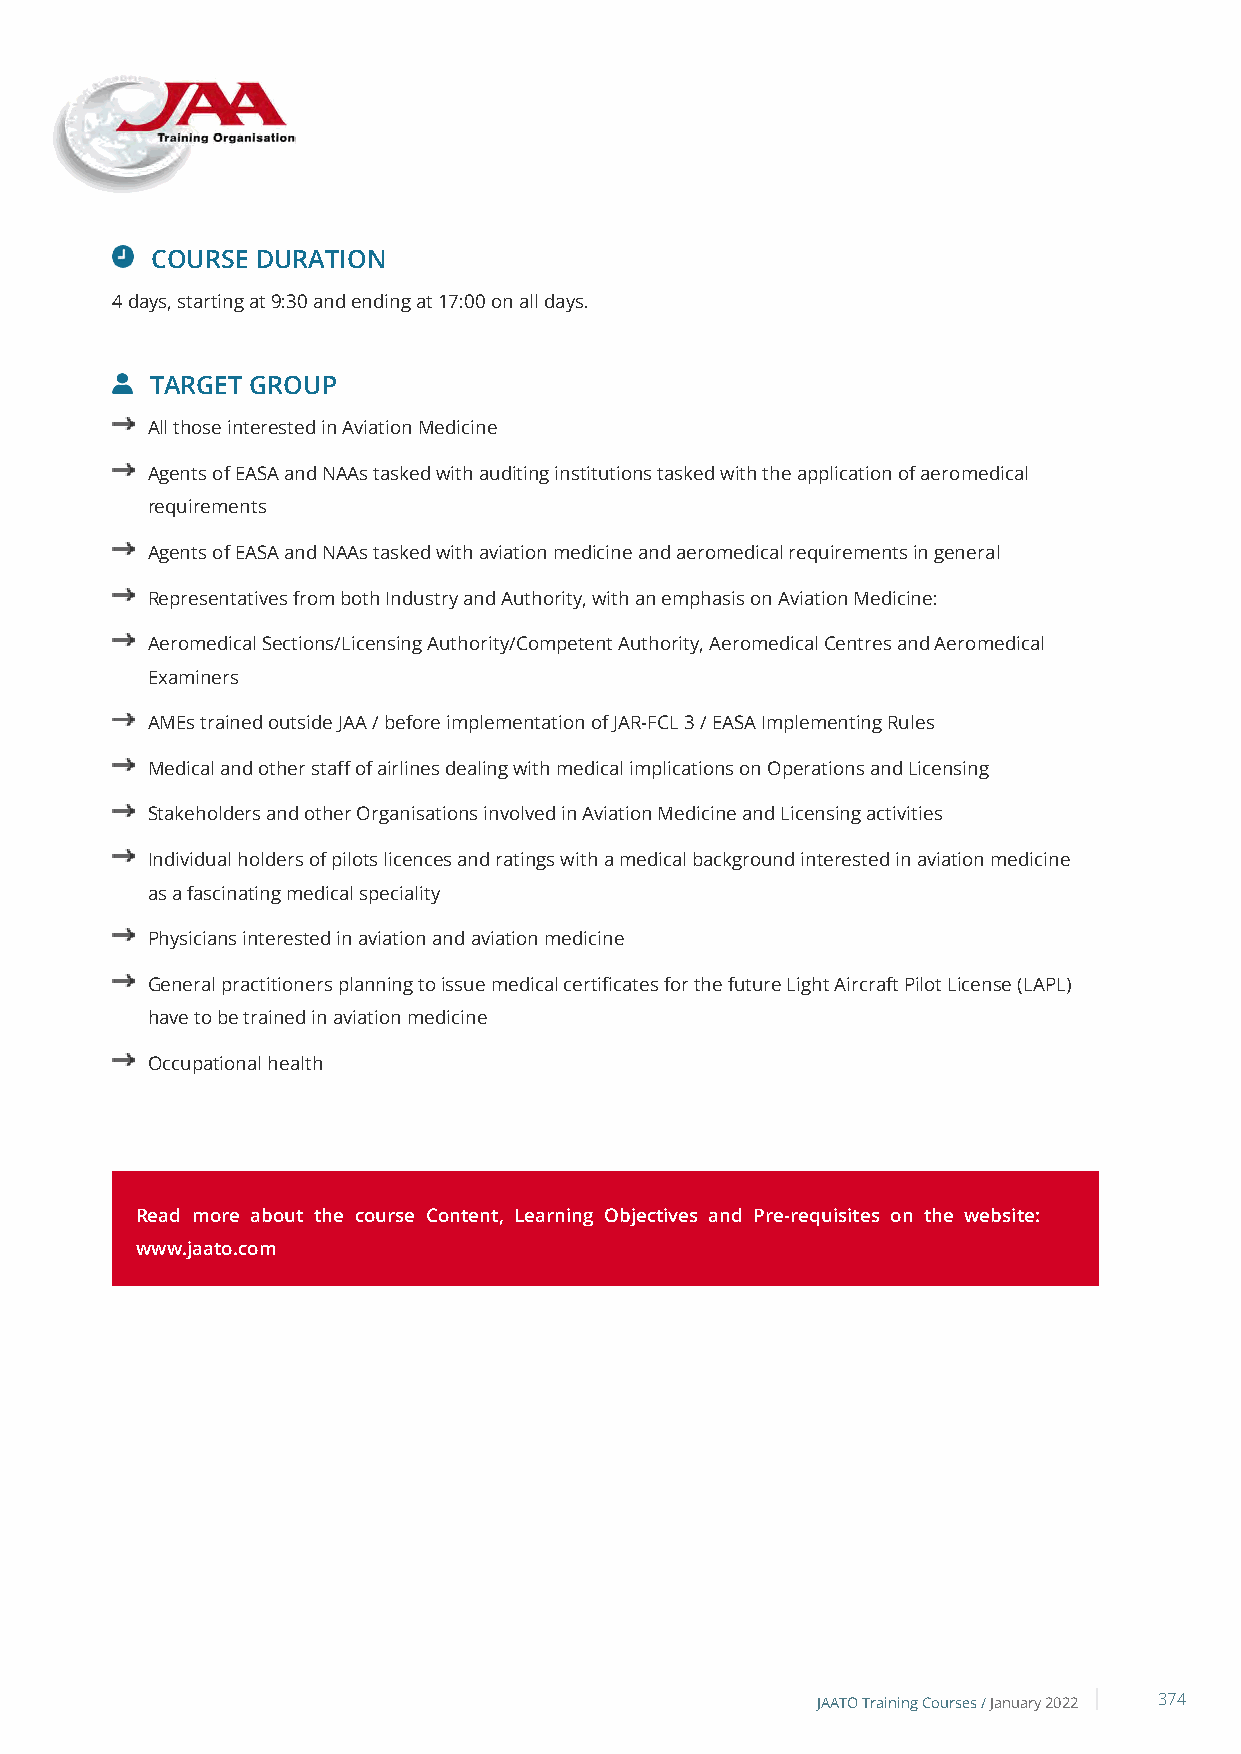
COURSE DURATION
 4 days, starting at 9:30 and ending at 17:00 on all days.
 TARGET GROUP
 All those interested in Aviation Medicine
 Agents of EASA and NAAs tasked with auditing institutions tasked with the application of aeromedical
 requirements
 Agents of EASA and NAAs tasked with aviation medicine and aeromedical requirements in general
 Representatives from both Industry and Authority, with an emphasis on Aviation Medicine:
 Aeromedical Sections/Licensing Authority/Competent Authority, Aeromedical Centres and Aeromedical
 Examiners
 AMEs trained outside JAA / before implementation of JAR-FCL 3 / EASA Implementing Rules
 Medical and other staff of airlines dealing with medical implications on Operations and Licensing
 Stakeholders and other Organisations involved in Aviation Medicine and Licensing activities
 Individual holders of pilots licences and ratings with a medical background interested in aviation medicine
 as a fascinating medical speciality
 Physicians interested in aviation and aviation medicine
 General practitioners planning to issue medical certificates for the future Light Aircraft Pilot License (LAPL)
 have to be trained in aviation medicine
 Occupational health
 Read more about the course Content, Learning Objectives and Pre-requisites on the website:
 www.jaato.com
 JAATO Training Courses /January 2022 374